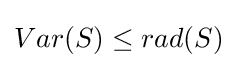
Var(S)\leq rad(S)